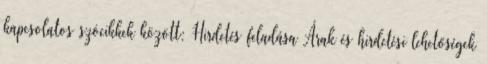
kapcsolatos szócikkek között: Hirdetés feladása Árak és hirdetési lehetőségek